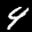
Label: 4